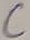
Text: C